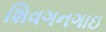
શિવગનગાઇ